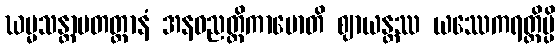
ဃမ္မသန္တာပတတ္တာနံ အနဝညတ္တိကာမောတိ ဈာယန္တဿ ယဿေကရတ္တိမ္ပိ